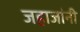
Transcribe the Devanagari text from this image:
जहाजांनी